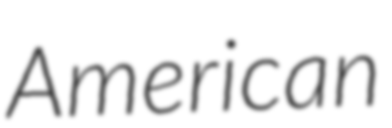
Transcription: American